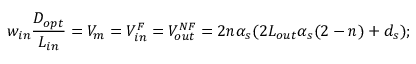
w _ { i n } \frac { D _ { o p t } } { L _ { i n } } = V _ { m } = V _ { i n } ^ { F } = V _ { o u t } ^ { N F } = 2 n \alpha _ { s } ( 2 L _ { o u t } \alpha _ { s } ( 2 - n ) + d _ { s } ) ;